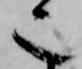
也